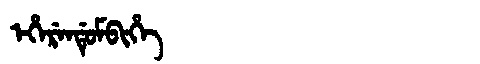
Manchu: ᡝᡥᡝᡵᡝᠨᡩᡠᠮᠪᡳᡥᡝ
Romanization: EHERENDUMBIHE